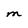
Character: M